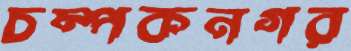
চম্পকনগর